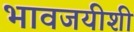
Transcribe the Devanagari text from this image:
भावजयीशी